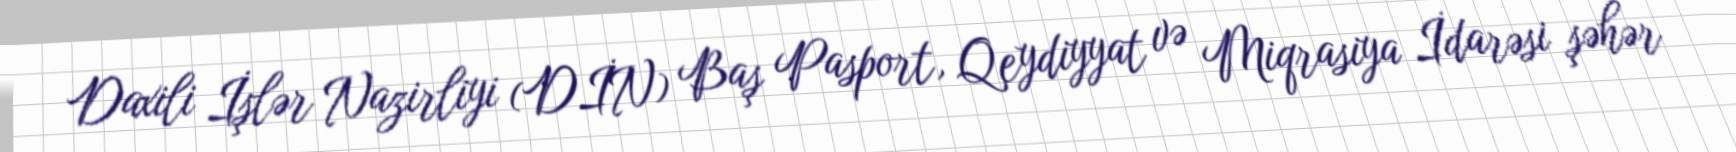
Daxili İşlər Nazirliyi (DİN) Baş Pasport, Qeydiyyat və Miqrasiya İdarəsi şəhər